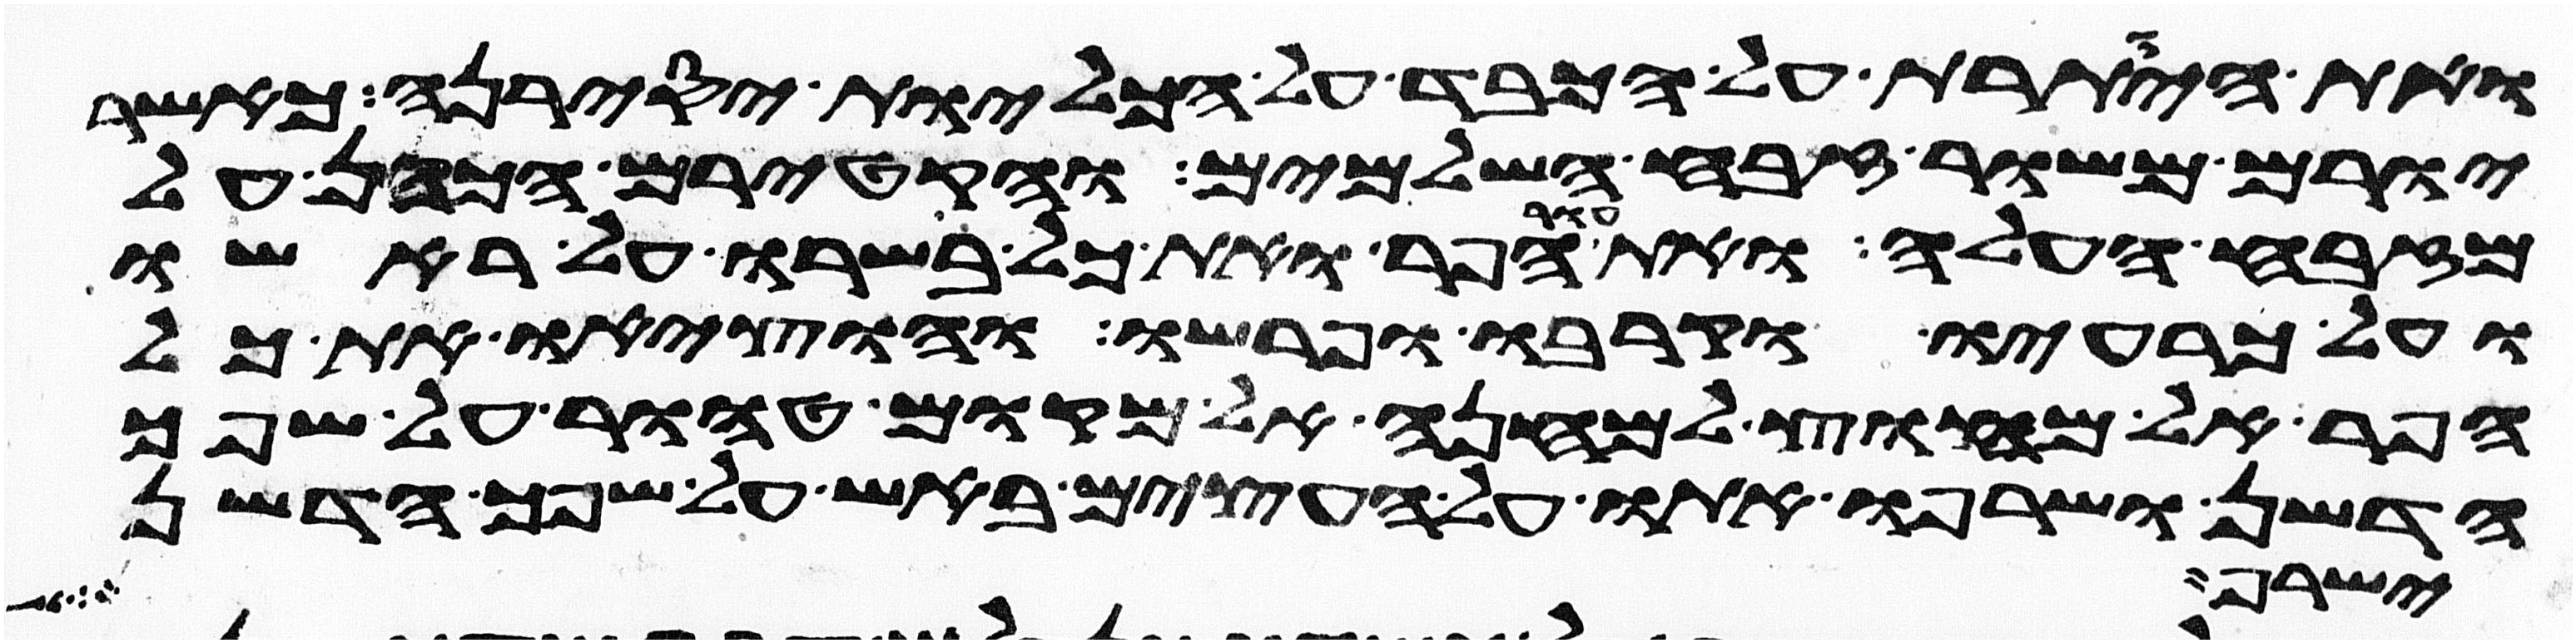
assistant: ואת היותרת על הכבד על הכליות יסירנה כאשר
יורם משור זבח השלמים והקטירם הכהן על
מזבח העלה ואת עור הפר ואת כל בשרו על ראשו
ועל כרעיו וקרבו ופרשו והוציאו את כל
הפר אל מחוץ למחנה אל מקום טהור על שפך
הדשן ושרפו אתו על העצים באש על שפך הדשן
ישרף הבשר